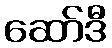
ဆော်ဒီ